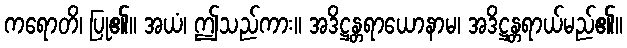
ကရောတိ၊ ပြု၏။ အယံ၊ ဤသည်ကား။ အဒိဋ္ဌန္တရာယောနာမ၊ အဒိဋ္ဌန္တရာယ်မည်၏။